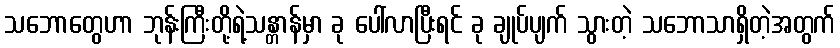
သဘောတွေဟာ ဘုန်းကြီးတို့ရဲ့သန္တာန်မှာ ခု ပေါ်လာပြီးရင် ခု ချုပ်ပျက် သွားတဲ့ သဘောသာရှိတဲ့အတွက်